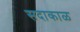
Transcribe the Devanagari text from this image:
सदाकाळ